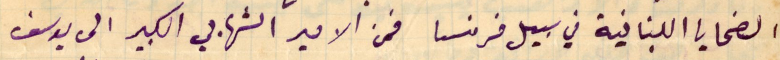
الضحايا اللبنانية في سبيل فرنسا فمن الامير الشهابي الكبير الى يوسف